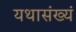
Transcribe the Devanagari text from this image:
यथासंख्यं